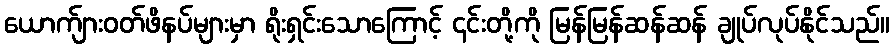
ယောက်ျားဝတ်ဖိနပ်များမှာ ရိုးရှင်းသောကြောင့် ၎င်းတို့ကို မြန်မြန်ဆန်ဆန် ချုပ်လုပ်နိုင်သည်။